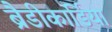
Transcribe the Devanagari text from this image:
ब्रैडीकार्डिया